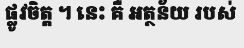
ផ្លូវចិត្ត ។ នេះ គឺ អត្ថន័យ របស់